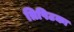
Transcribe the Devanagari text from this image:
त्रिपिटका